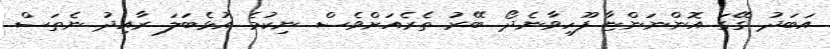
އަބަދު ގޭގަ އޮންނަންޏާ ފޫހިވާނެދޯ. ބޭރު ތެރެއަށްވެސް ނިކުމެ އުޅެބަލަ ރާއިދު ނެތަސް.